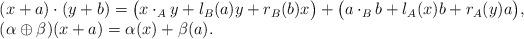
LaTeX: \begin{align*} \begin{array}{l}(x + a)\cdot (y + b) =\big(x\cdot_A y + l_{ B}(a)y + r_{ B}(b)x\big)+ \big (a\cdot_B b + l_{A}(x)b + r_{ A}(y)a\big),\\(\alpha\oplus\beta)(x + a)=\alpha(x) + \beta(a).\end{array}\end{align*}